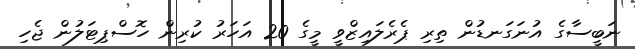
ނަބީސާގެ އުނަގަނޑުން ތިރި ޕެރެލައިޒްވީ މީގެ 20 އަހަރު ކުރިން ހޮސްޕިޓަލުން ޖެހި